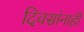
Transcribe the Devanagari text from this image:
दिवसांनाही